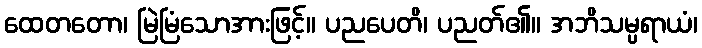
ထေတတော၊ မြဲမြံသောအားဖြင့်။ ပညပေတိ၊ ပညတ်၏။ အဘိသမ္ပရာယံ၊